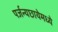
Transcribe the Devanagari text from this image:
पर्जन्यछायेमध्ये